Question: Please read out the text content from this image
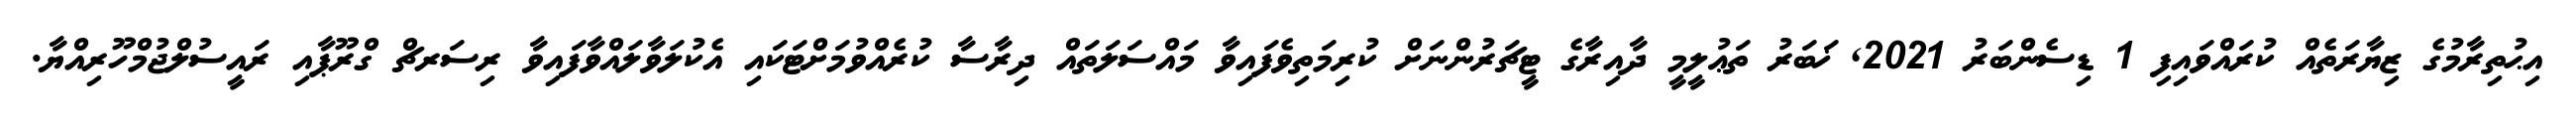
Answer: އިޙުތިރާމުގެ ޒިޔާރަތެއް ކުރައްވައިފި 1 ޑިސެންބަރު 2021, ޚަބަރު ތަޢުލީމީ ދާއިރާގެ ޓީޗަރުންނަށް ކުރިމަތިވެފައިވާ މައްސަލަތައް ދިރާސާ ކުރެއްވުމަށްޓަކައި އެކުލަވާލައްވާފައިވާ ރިސަރޗް ގްރޫޕާއި ރައީސުލްޖުމްހޫރިއްޔާ.